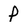
Character: P